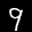
Label: 9